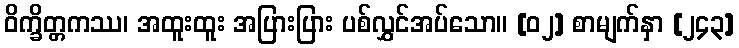
ဝိက္ခိတ္တကဿ၊ အထူးထူး အပြားပြား ပစ်လွှင်အပ်သော။ [၀၂] စာမျက်နှာ [၂၄၃]